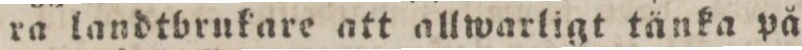
ra landtbrukare att allwarligt tänka på